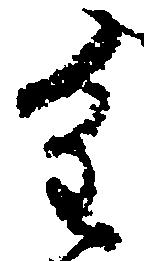
重